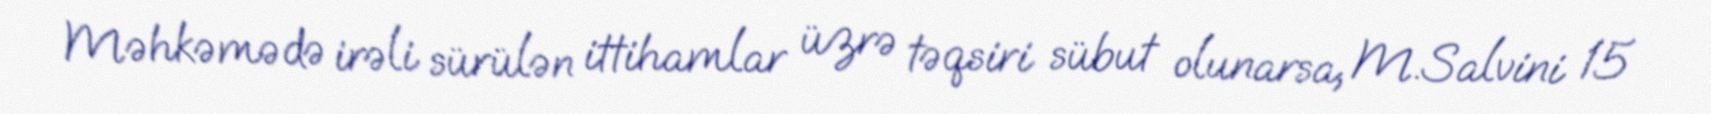
Məhkəmədə irəli sürülən ittihamlar üzrə təqsiri sübut olunarsa, M.Salvini 15